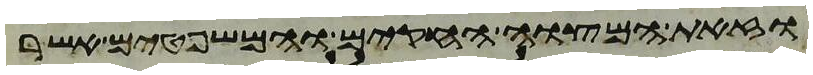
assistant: וזאת המצוה החקים והמשפטים אשר